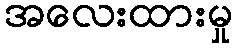
အလေးထားမှု